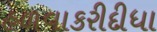
હળવાકરીદીધા